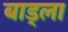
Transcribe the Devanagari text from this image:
बाड्ला